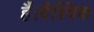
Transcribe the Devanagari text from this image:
हैं।वैश्विक